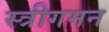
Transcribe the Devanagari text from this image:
स्त्रीगमन